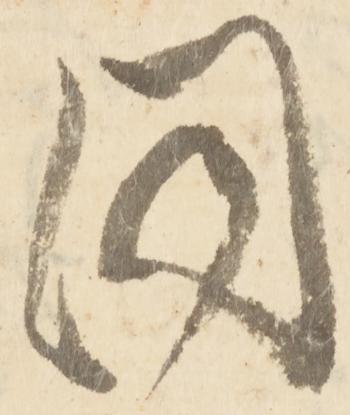
同